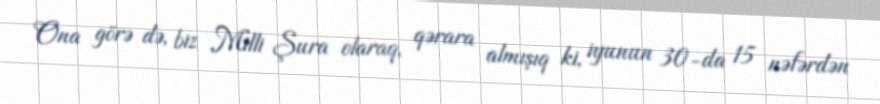
Ona görə də, biz Milli Şura olaraq, qərara almışıq ki, iyunun 30-da 15 nəfərdən